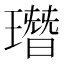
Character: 㻸